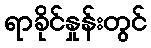
ရာခိုင်နှုန်းတွင်